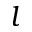
l